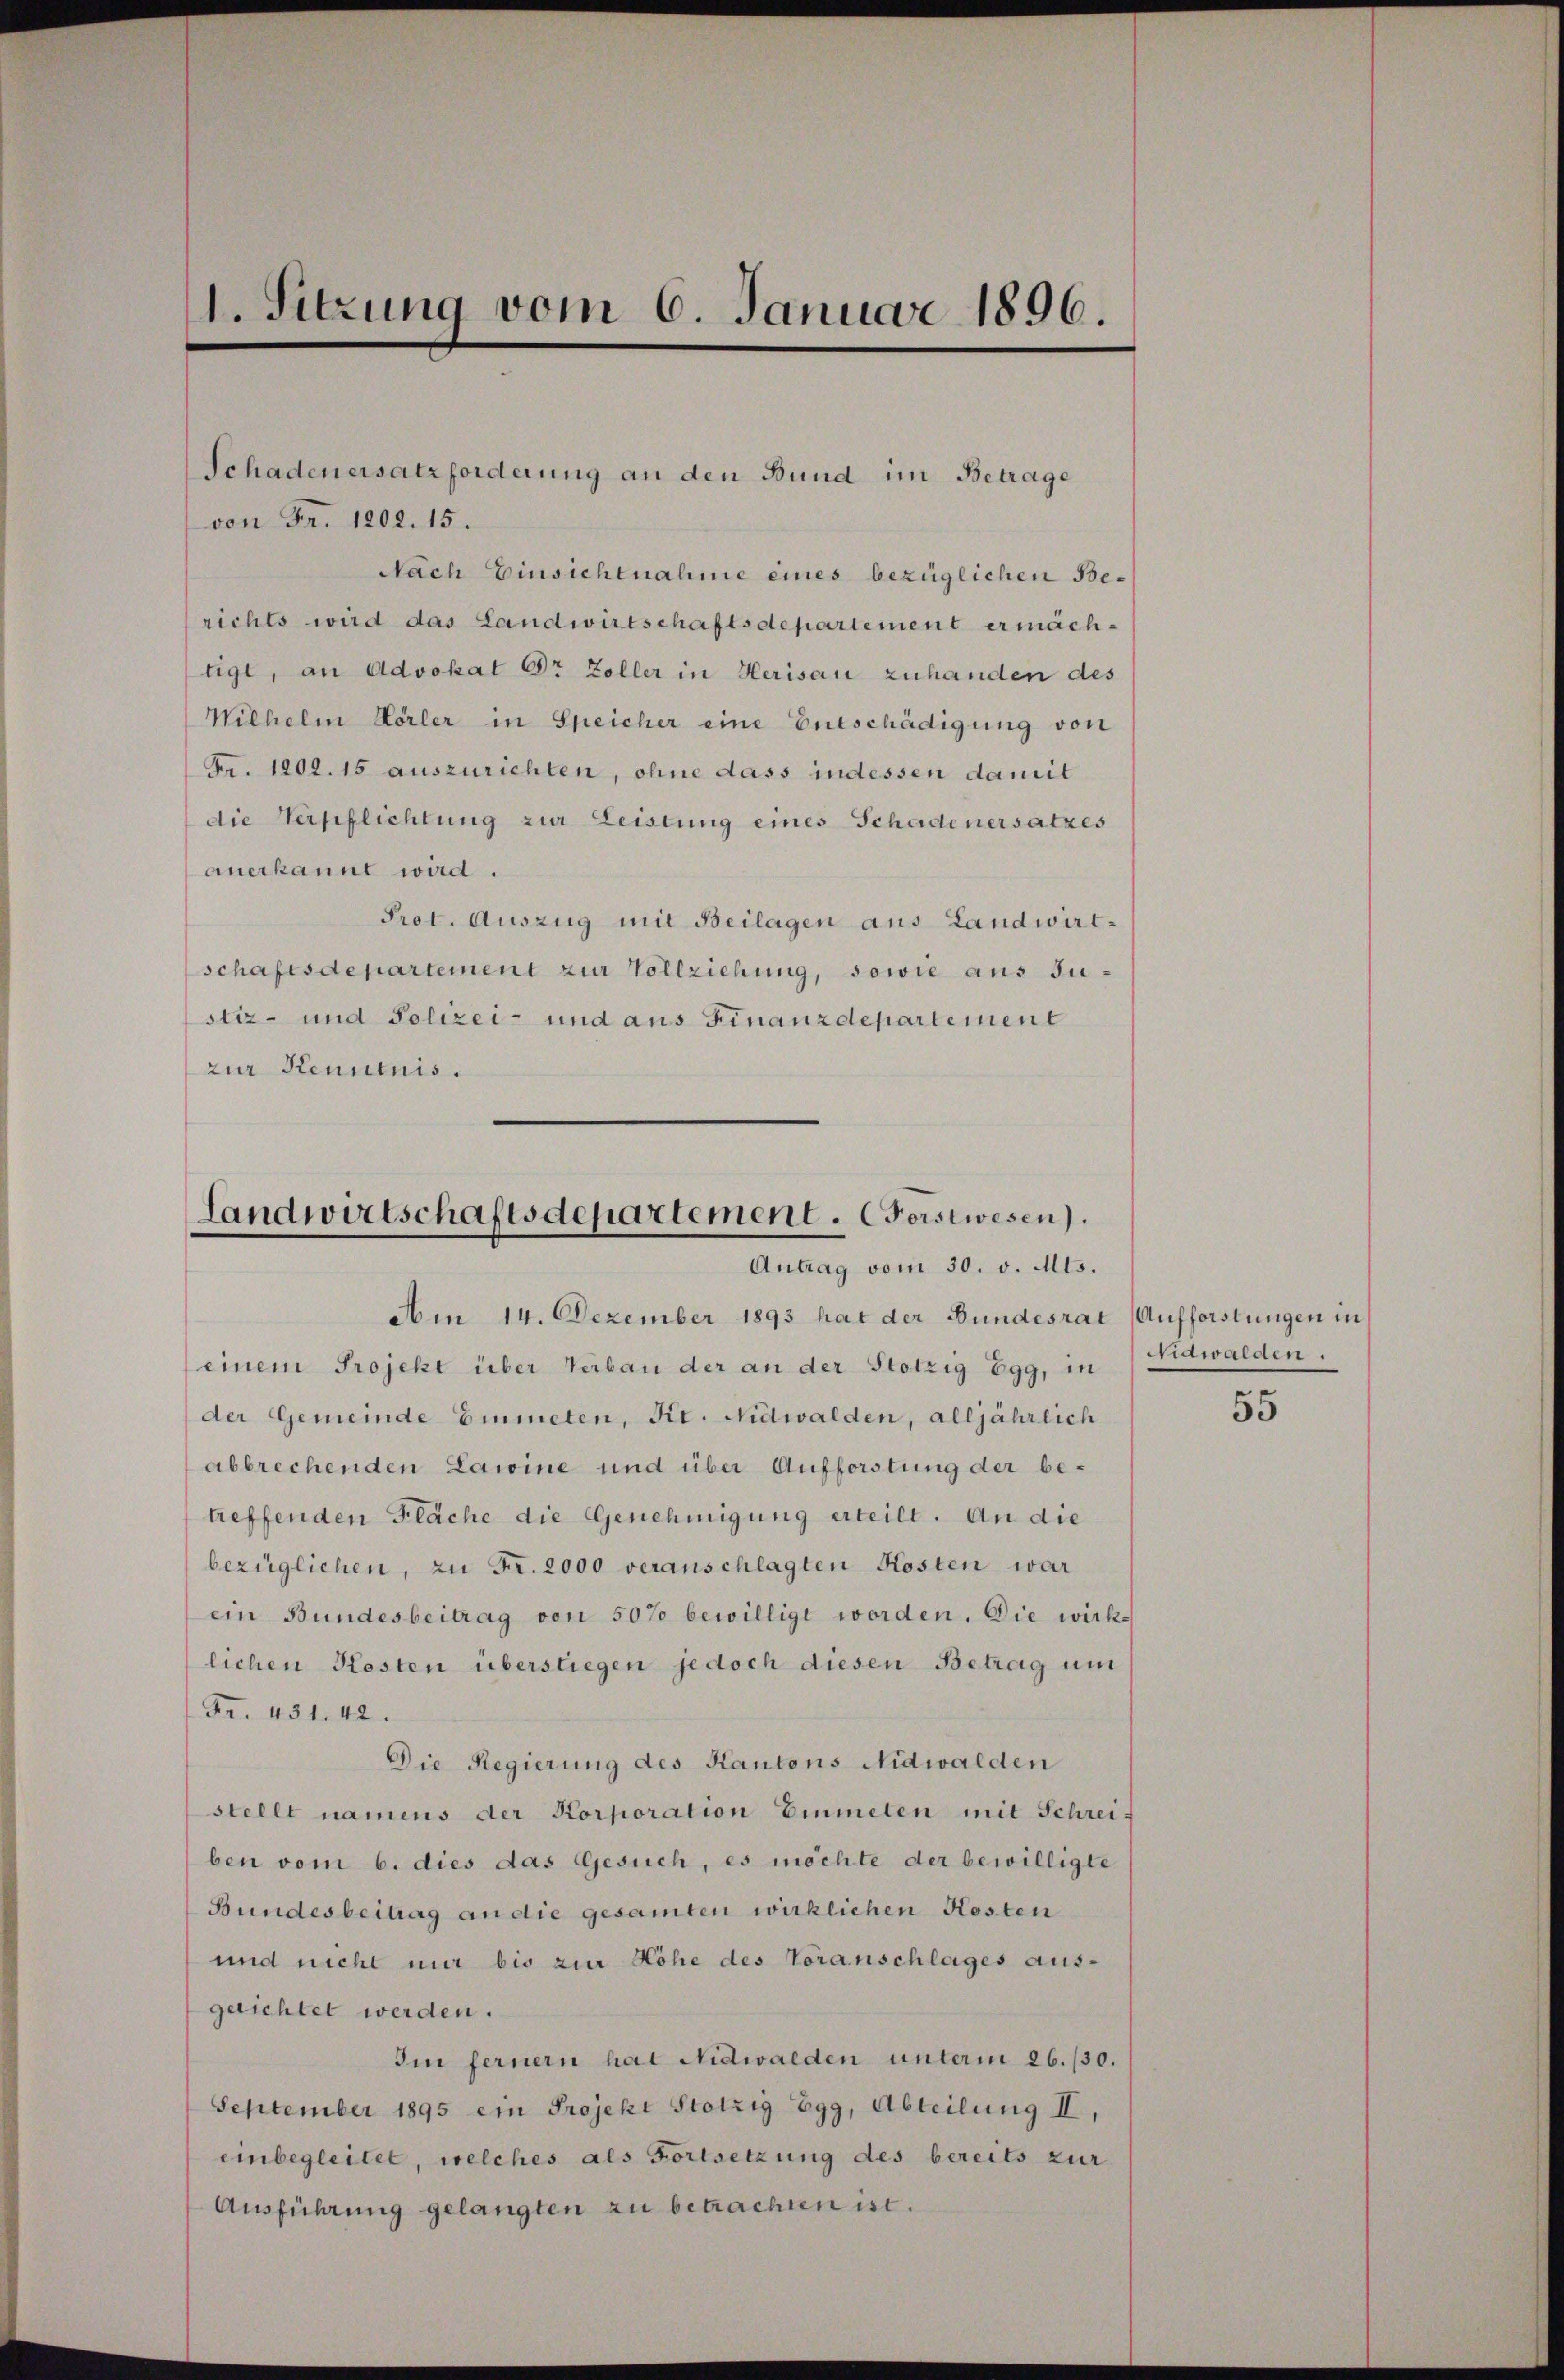
1. Sitzung vom 6. Januar 1896.

von Fr. 1202. 15.
Nach Einsichtnahme eines bezüglichen Berichts wird das Landwirtschaftsdepartement ermächtigt, an Advokat Dr Zoller in Herisau zuhanden des
Wilhelm Hörler in Speicher eine Entschädigung von
Fr. 1202. 15 auszurichten, ohne dass indessen damit
die Verpflichtung zur Leistung eines Schadenersatzes
anerkannt wird.
Prot. Auszug mit Beilagen aus Landwirt-
schaftsdepartement zur Vollziehung, sowie aus Justiz- und Polizei- und aus Finanzdepartement
zur Kenntnis.

Schadenersatzforderung an den Bund im Betrage

Am 14. Dezember 1893 hat der Bundesrat (Aufforstungen in
einem Projekt über Verbau der an der Stotzig Egg, in Nidwalden.
der Gemeinde Eimeten, Kt. Nidwalden, alljährlich
abbrechenden Lawine und über Aufforstung der be-
treffenden Fläche die Genehmigung erteilt. An die
bezüglichen, zu Fr. 2000 veranschlagten Kosten war
ein Bundesbeitrag von 50% bewilligt worden. Die wirk-
lichen Kosten überstiegen jedoch diesen Betrag um
Fr. 431. 42.
Die Regierung des Kantons Nidwalden
stellt namens der Korporation Einmeten mit Schreiben vom 6. dies das Gesuch, es möchte der bewilligte
Bundesbeitrag an die gesamten wirklichen Kosten
und nicht nur bis zur Höhe des Voranschlages aus-
geichtet werden.
Im fernern hat Nidwalden unterm 26./30.
September 1895 ein Projekt Stotzig Egg, Abteilung II,
einbegleitet, welches als Fortsetzung des bereits zur
Ausführung gelangten zu betrachten ist.

Landwirtschaftsdepartement. Forstwesen).
Antrag vom 30. v. Mts.

55